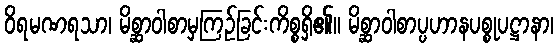
ဝိရမဏရသာ၊ မိစ္ဆာဝါစာမှကြဉ်ခြင်းကိစ္စရှိ၏။ မိစ္ဆာဝါစာပ္ပဟာနပစ္စုပဋ္ဌာနာ၊